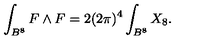
\int _ { B ^ { 8 } } F \wedge F = 2 ( 2 \pi ) ^ { 4 } \int _ { B ^ { 8 } } X _ { 8 } .